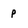
Character: p